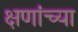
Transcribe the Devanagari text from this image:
क्षणांच्या